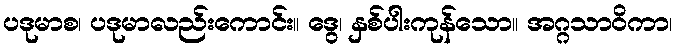
ပဒုမာစ၊ ပဒုမာလည်းကောင်း။ ဒွေ၊ နှစ်ပါးကုန်သော။ အဂ္ဂသာဝိကာ၊